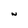
Character: w